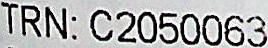
TRN: C2050063